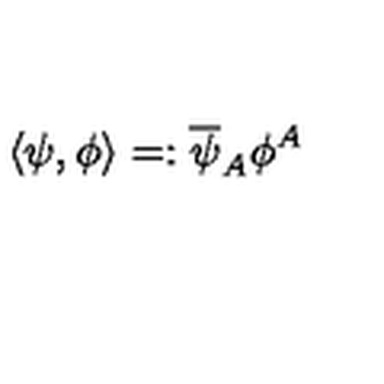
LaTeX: \langle \psi , \phi \rangle = : \overline { { \psi } } _ { A } \phi ^ { A }